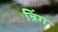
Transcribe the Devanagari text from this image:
न्रिंग